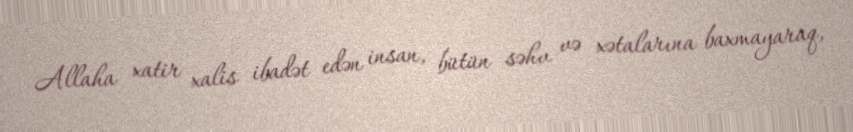
Allaha xatir xalis ibadət edən insan, bütün səhv və xətalarına baxmayaraq,